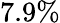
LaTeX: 7.9\%